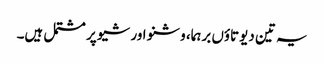
یہ تین دیوتاؤں برہما، وشنو اور شیو پر مشتمل ہیں۔